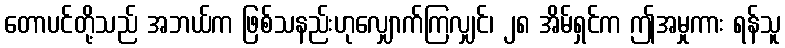
တောပင်တို့သည် အဘယ်က ဖြစ်သနည်းဟုလျှောက်ကြလျှင်၊ ၂၈ အိမ်ရှင်က ဤအမှုကား ရန်သူ